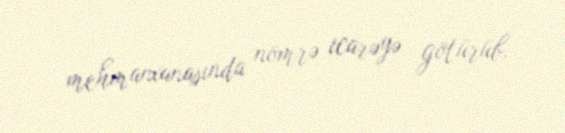
mehmanxanasında nömrə icarəyə götürüb.